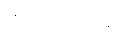
ဗဟိုဘဏ်မှ